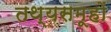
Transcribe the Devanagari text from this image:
तथ्यसमूहों